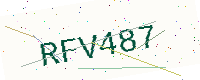
Text: RFV487